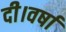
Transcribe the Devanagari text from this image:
दी।वर्षा